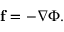
\mathbf { f } = - \nabla \Phi .